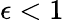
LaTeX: \epsilon<1